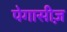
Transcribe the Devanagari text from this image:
पेगासीज़